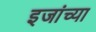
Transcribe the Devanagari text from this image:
इजांच्या